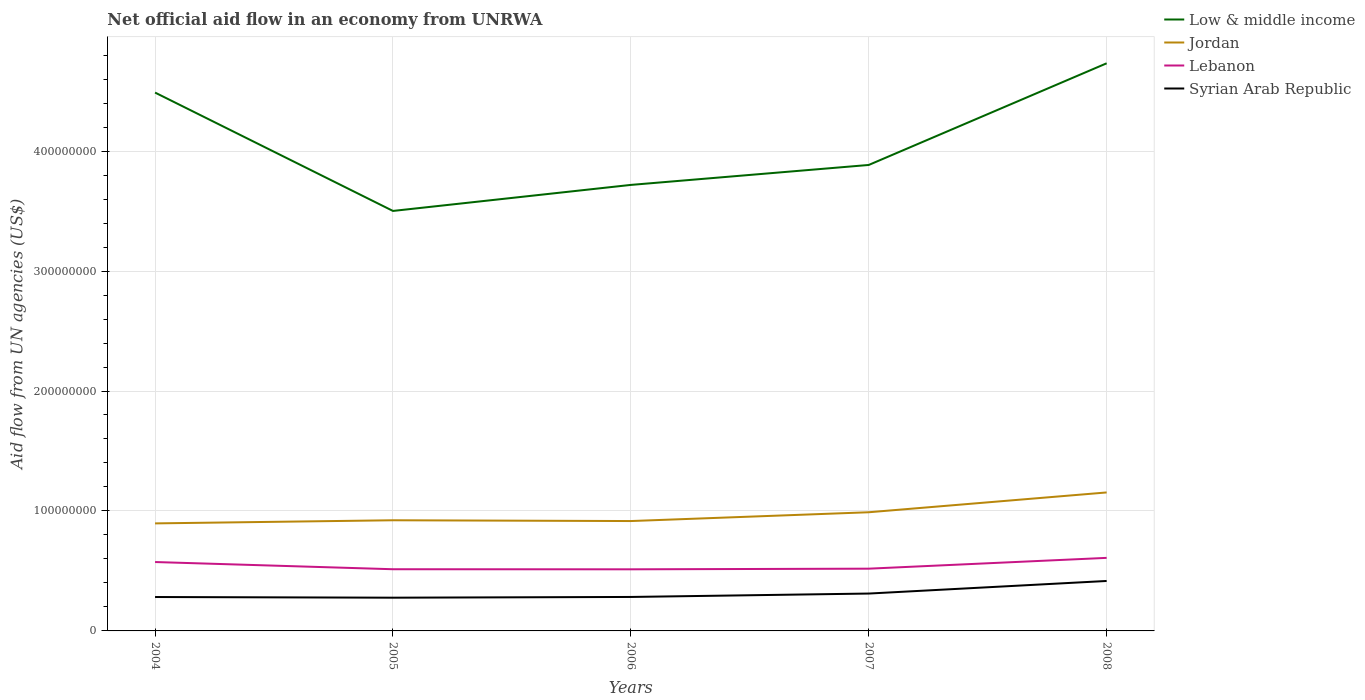
| Years | Low & middle income | Jordan | Lebanon | Syrian Arab Republic |
 | --- | --- | --- | --- | --- |
 | 2004 | 4.49e+08 | 8.96e+07 | 5.74e+07 | 2.83e+07 |
 | 2005 | 3.5e+08 | 9.22e+07 | 5.14e+07 | 2.77e+07 |
 | 2006 | 3.72e+08 | 9.16e+07 | 5.14e+07 | 2.83e+07 |
 | 2007 | 3.88e+08 | 9.89e+07 | 5.19e+07 | 3.12e+07 |
 | 2008 | 4.73e+08 | 1.15e+08 | 6.09e+07 | 4.16e+07 |